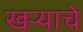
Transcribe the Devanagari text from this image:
खऱ्याचे